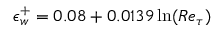
\epsilon _ { w } ^ { + } = 0 . 0 8 + 0 . 0 1 3 9 \ln ( R e _ { \tau } )